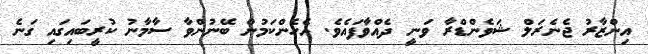
އިންޒާރު ޖެނެރަލް ޝަވެންޑްރާ ވަނީ ދެއްވާފައެވެ. އެހެންކަމުން ބޭނުންވާ ސާމާނު ކުރީބައިގައި ގަނެ